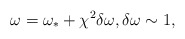
\begin{align*}\omega = \omega_* +\chi^2 \delta\omega, {\delta \omega \sim 1,}\end{align*}